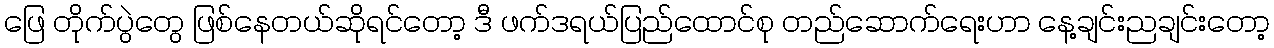
ဖြေ တိုက်ပွဲတွေ ဖြစ်နေတယ်ဆိုရင်တော့ ဒီ ဖက်ဒရယ်ပြည်ထောင်စု တည်ဆောက်ရေးဟာ နေ့ချင်းညချင်းတော့